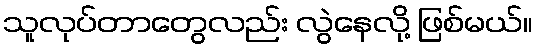
သူလုပ်တာတွေလည်း လွဲနေလို့ ဖြစ်မယ်။